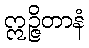
ဣဉ္ဇိတာနံ